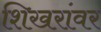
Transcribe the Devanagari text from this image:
शिखरांवर